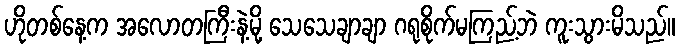
ဟိုတစ်နေ့က အလောတကြီးနဲ့မို့ သေသေချာချာ ဂရုစိုက်မကြည့်ဘဲ ကူးသွားမိသည်။